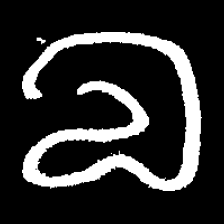
Pyu character \u2014 Myanmar letter: လ (romanized: la)